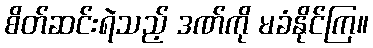
စိတ်ဆင်းရဲသည့် ဒဏ်ကို မခံနိုင်ကြ။